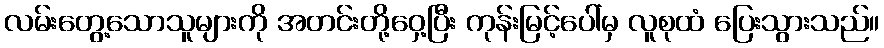
လမ်းတွေ့သောသူများကို အတင်းတို့ဝှေ့ပြီး ကုန်းမြင့်ပေါ်မှ လူစုထံ ပြေးသွားသည်။